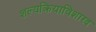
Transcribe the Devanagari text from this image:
शल्यक्रियाविशारद